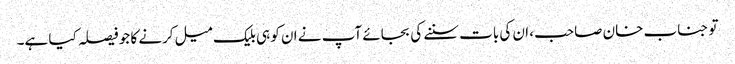
تو جناب خان صاحب، ان کی بات سننے کی بجائے آپ نے ان کو ہی بلیک میل کرنے کا جو فیصلہ کیا ہے۔